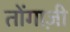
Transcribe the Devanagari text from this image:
तोंगाज़ी